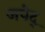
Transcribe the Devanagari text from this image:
जपेद्